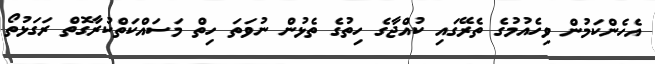
އެހެންކަމުން ވިހެއުމުގެ ތެރޭގައި ކުއްޖާގެ ހިތުގެ ތެޅުން ނުވަތަ ހިތް މަސައްކަތްކުރާގޮތް ރަގަޅުތޯ